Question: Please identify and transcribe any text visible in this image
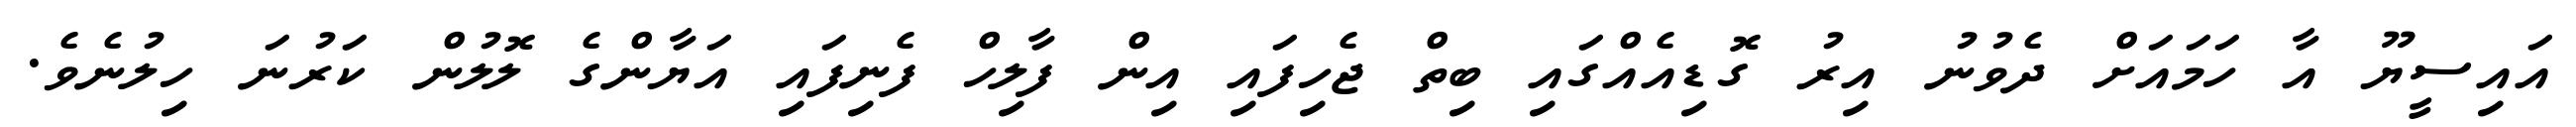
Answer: އައިސީޔޫ އާ ހަމައަށް ދެވުނު އިރު ގޮޑިއެއްގައި ބިތް ޖެހިފައި އިން ފާލިހް ފެނިފައި އަޔާންގެ ލޮލުން ކަރުނަ ހިލުނެވެ.